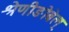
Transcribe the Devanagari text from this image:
श्रेणीङोबेल्